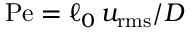
\mathrm { P e } = \ell _ { 0 } \, u _ { \mathrm { r m s } } / D